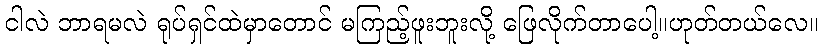
ငါလဲ ဘာရမလဲ ရုပ်ရှင်ထဲမှာတောင် မကြည့်ဖူးဘူးလို့ ဖြေလိုက်တာပေါ့။ဟုတ်တယ်လေ။